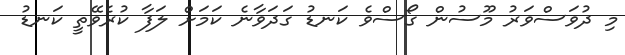
މި ދުވަސްވަރު މޫސުން ގޯސްވެ ކަނޑު ގަދަވާނެ ކަމަށް ލަފާ ކުރެވޭތީ ކަނޑު